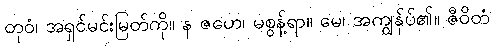
တုဝံ၊ အရှင်မင်းမြတ်ကို။ န ဇဟေ၊ မစွန့်ရာ။ မေ၊ အကျွန်ုပ်၏။ ဇီဝိတံ